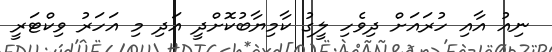
ނިއު އާއި ހުރައަށް ދިވެހި ލީގު ކާމިޔާބުކޮށްދީ އަދި މި އަހަރު ވިކްޓަރީ